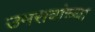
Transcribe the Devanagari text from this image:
उमरावांच्या